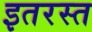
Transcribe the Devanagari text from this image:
इतरस्त